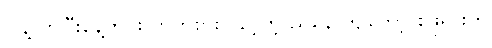
ငါနဲ့လာပြီးနေ့တိုင်းလာကစားလှည့်တဲ့ ညနေ ကျတော့ စုဖုရားက